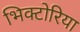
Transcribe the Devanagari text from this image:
भिक्टोरिया